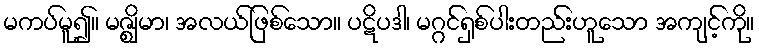
မကပ်မူ၍။ မဇ္ဈိမာ၊ အလယ်ဖြစ်သော။ ပဋိပဒါ၊ မဂ္ဂင်ရှစ်ပါးတည်းဟူသော အကျင့်ကို။